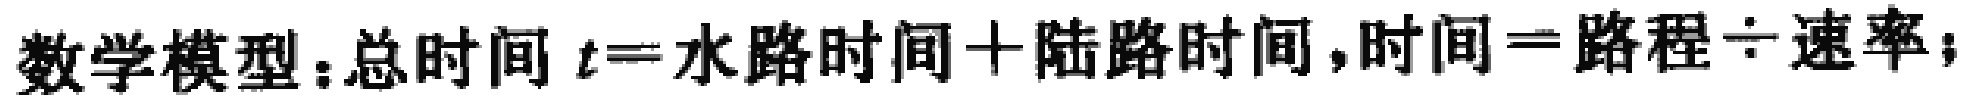
数学模型：总时间 \(t = \)水路时间 \(+\)陆路时间，时间 \(=\)路程\(\div\)速率；